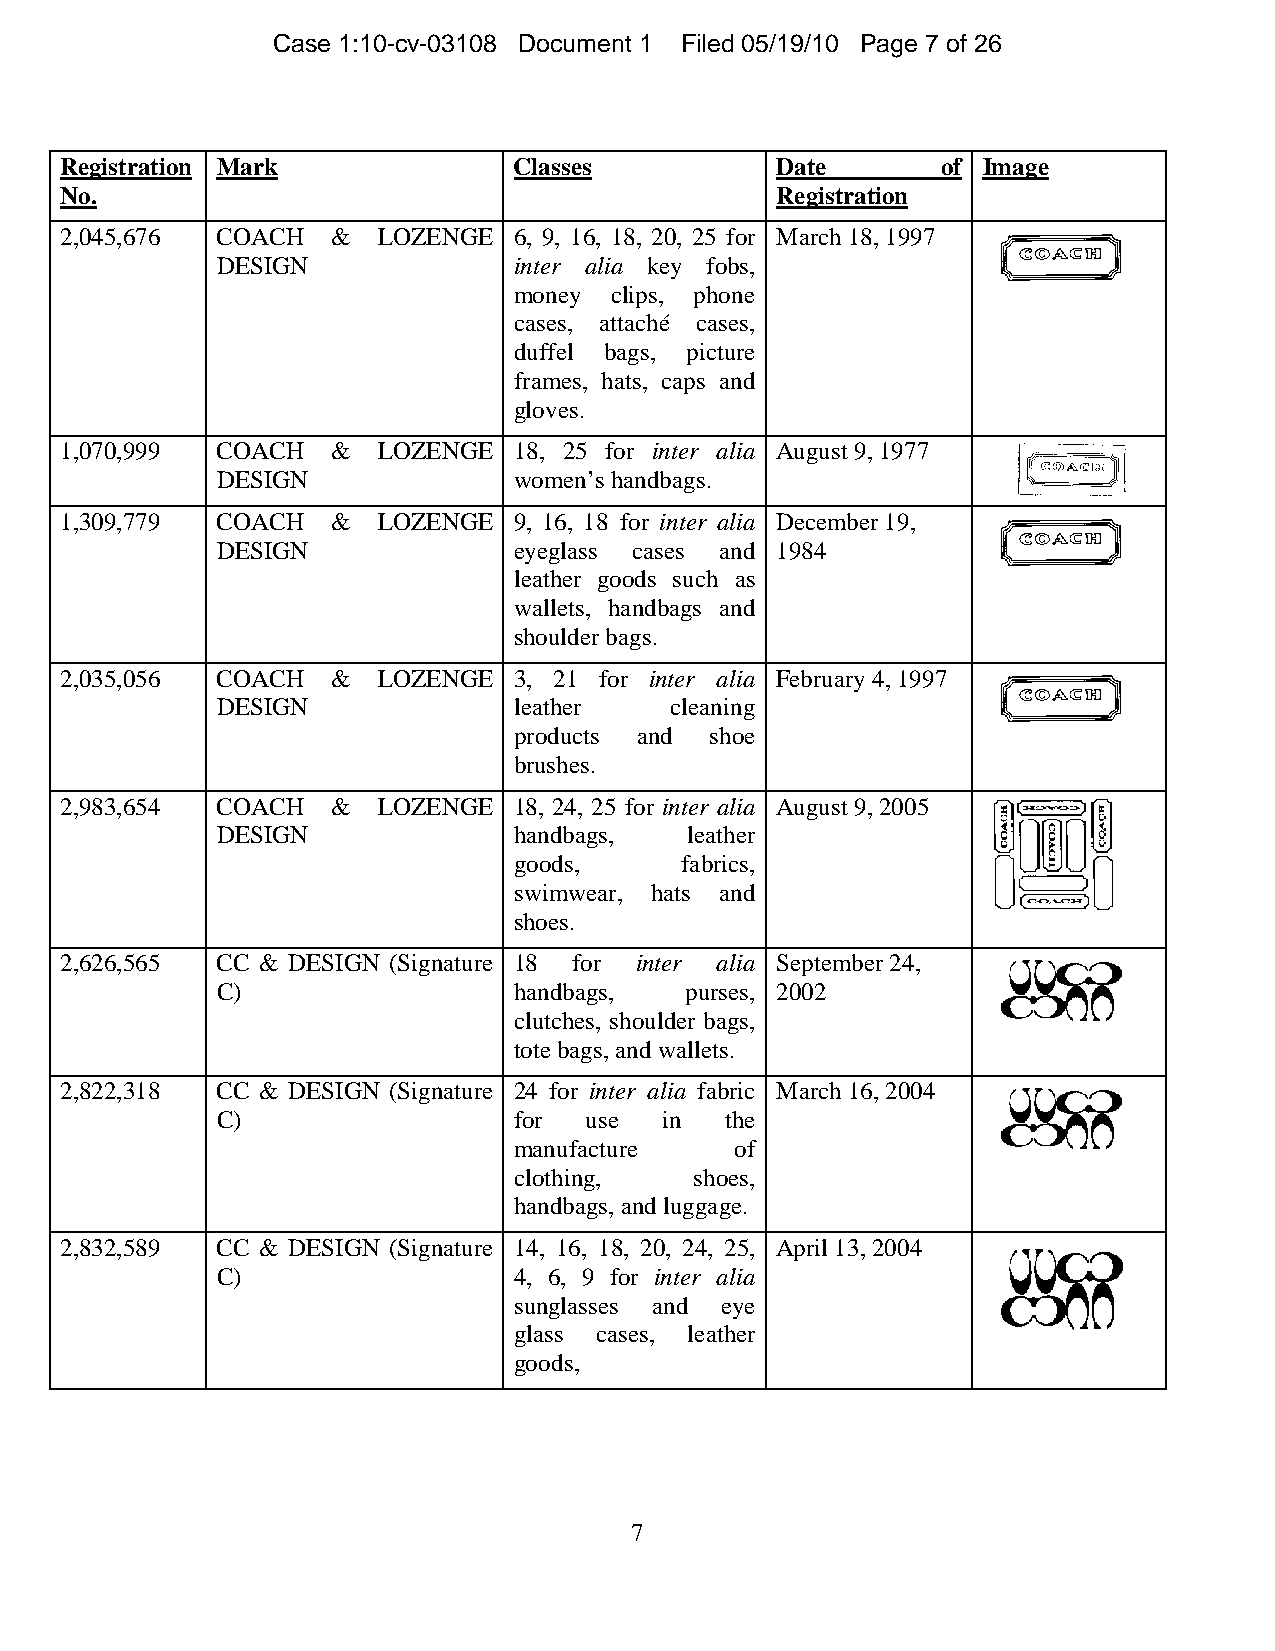
Case 1:10-cv-03108 Document 1 Filed 05/19/10 Page 7 of 26
 Registration Mark             Classes          Date       of Image
 No.                                            Registration
 2,045,676 COACH   &  LOZENGE  6, 9, 16, 18, 20, 25 for March 18, 1997
 DESIGN              inter alia key fobs,
 money clips, phone
 cases, attaché cases,
 duffel bags, picture
 frames, hats, caps and
 gloves.
 1,070,999 COACH   &  LOZENGE  18, 25 for inter alia August 9, 1977
 DESIGN              women’s handbags.
 1,309,779 COACH   &  LOZENGE  9, 16, 18 for inter alia December 19,
 DESIGN              eyeglass cases and 1984
 leather goods such as
 wallets, handbags and
 shoulder bags.
 2,035,056 COACH   &  LOZENGE  3, 21 for inter alia February 4, 1997
 DESIGN              leather   cleaning
 products and shoe
 brushes.
 2,983,654 COACH   &  LOZENGE  18, 24, 25 for inter alia August 9, 2005
 DESIGN              handbags,   leather
 goods,     fabrics,
 swimwear, hats and
 shoes.
 2,626,565 CC & DESIGN (Signature 18 for inter alia September 24,
 C)                  handbags,  purses, 2002
 clutches, shoulder bags,
 tote bags, and wallets.
 2,822,318 CC & DESIGN (Signature 24 for inter alia fabric March 16, 2004
 C)                  for  use  in  the
 manufacture    of
 clothing,   shoes,
 handbags, and luggage.
 2,832,589 CC & DESIGN (Signature 14, 16, 18, 20, 24, 25, April 13, 2004
 C)                  4, 6, 9 for inter alia
 sunglasses and eye
 glass cases, leather
 goods,
 7